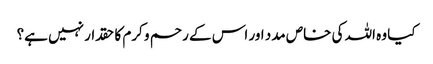
کیا وہ اللہ کی خاص مدد اور اس کے رحم و کرم کا حقدار نہیں ہے؟